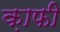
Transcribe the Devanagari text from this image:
क़ाफी